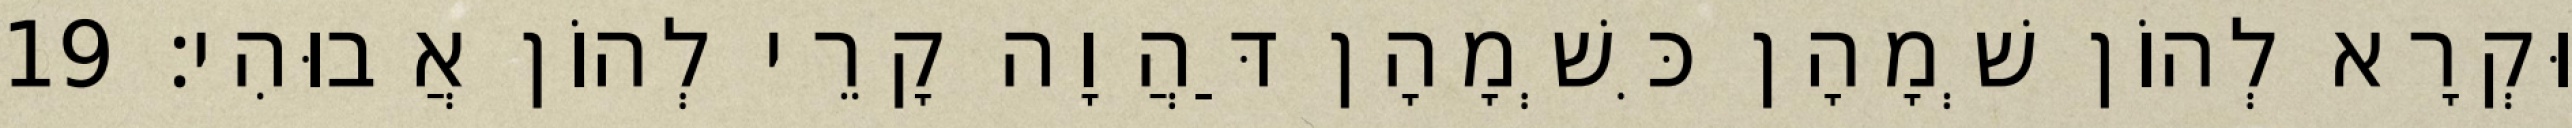
וּקְרָא לְהוֹן שְׁמָהָן כִּשְׁמָהָן דַּהֲוָה קָרֵי לְהוֹן אֲבוּהִי׃ 19